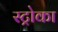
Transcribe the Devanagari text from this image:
स्ट्रोका